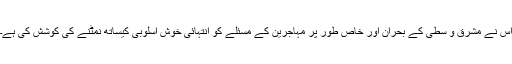
اس نے مشرق و سطیٰ کے بحران اور خاص طور پر مہاجرین کے مسئلے کو انتہائی خوش اسلوبی کیساتھ نمٹنے کی کوشش کی ہے۔